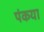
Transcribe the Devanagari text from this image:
पंकया